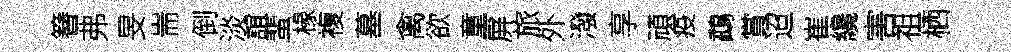
簮弗旻耑倒淡誼蜚椽複墓禽欲童屏旅外潑享頑疫鵡賞迢崔纔害祖栖